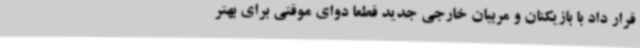
قرار داد با بازیکنان و مربیان خارجی جدید قطعا دوای موقتی برای بهتر